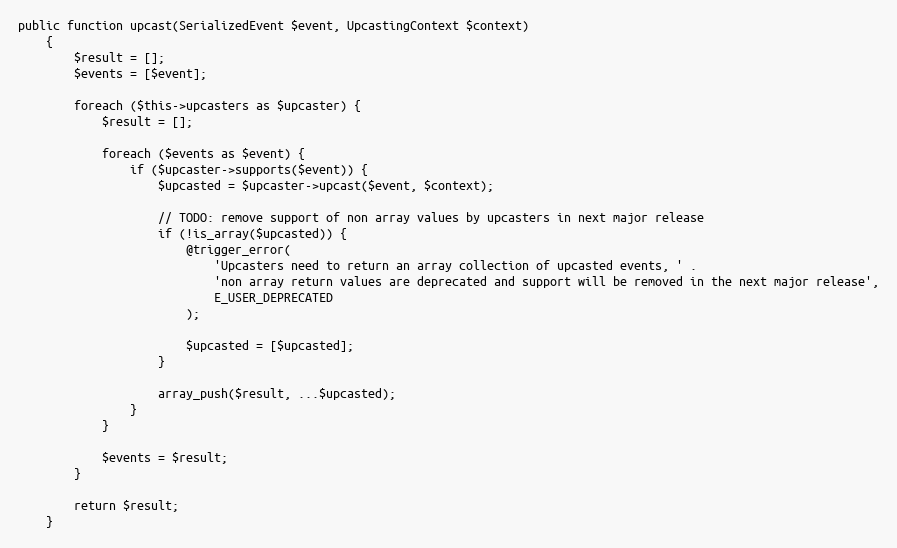
Language: PHP
public function upcast(SerializedEvent $event, UpcastingContext $context)
    {
        $result = [];
        $events = [$event];

        foreach ($this->upcasters as $upcaster) {
            $result = [];

            foreach ($events as $event) {
                if ($upcaster->supports($event)) {
                    $upcasted = $upcaster->upcast($event, $context);

                    // TODO: remove support of non array values by upcasters in next major release
                    if (!is_array($upcasted)) {
                        @trigger_error(
                            'Upcasters need to return an array collection of upcasted events, ' .
                            'non array return values are deprecated and support will be removed in the next major release',
                            E_USER_DEPRECATED
                        );

                        $upcasted = [$upcasted];
                    }

                    array_push($result, ...$upcasted);
                }
            }

            $events = $result;
        }

        return $result;
    }